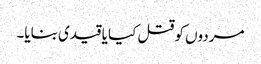
مردوں کو قتل کیا یا قیدی بنایا۔